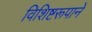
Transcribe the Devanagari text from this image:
विशिष्टरूपाने